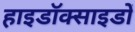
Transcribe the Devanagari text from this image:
हाइडॉक्साइडों